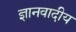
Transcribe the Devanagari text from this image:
ज्ञानवादीय